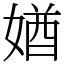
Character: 媨